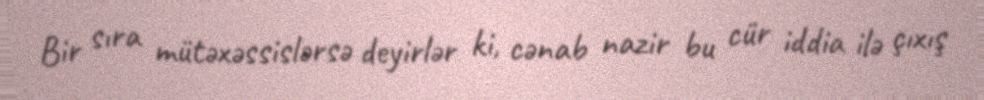
Bir sıra mütəxəssislərsə deyirlər ki, cənab nazir bu cür iddia ilə çıxış